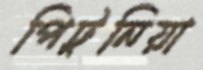
পিটুনিয়া